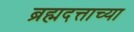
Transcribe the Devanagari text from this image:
ब्रह्मदत्ताच्या